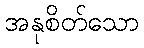
အနုစိတ်သော